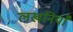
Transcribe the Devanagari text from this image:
लखनियाँ